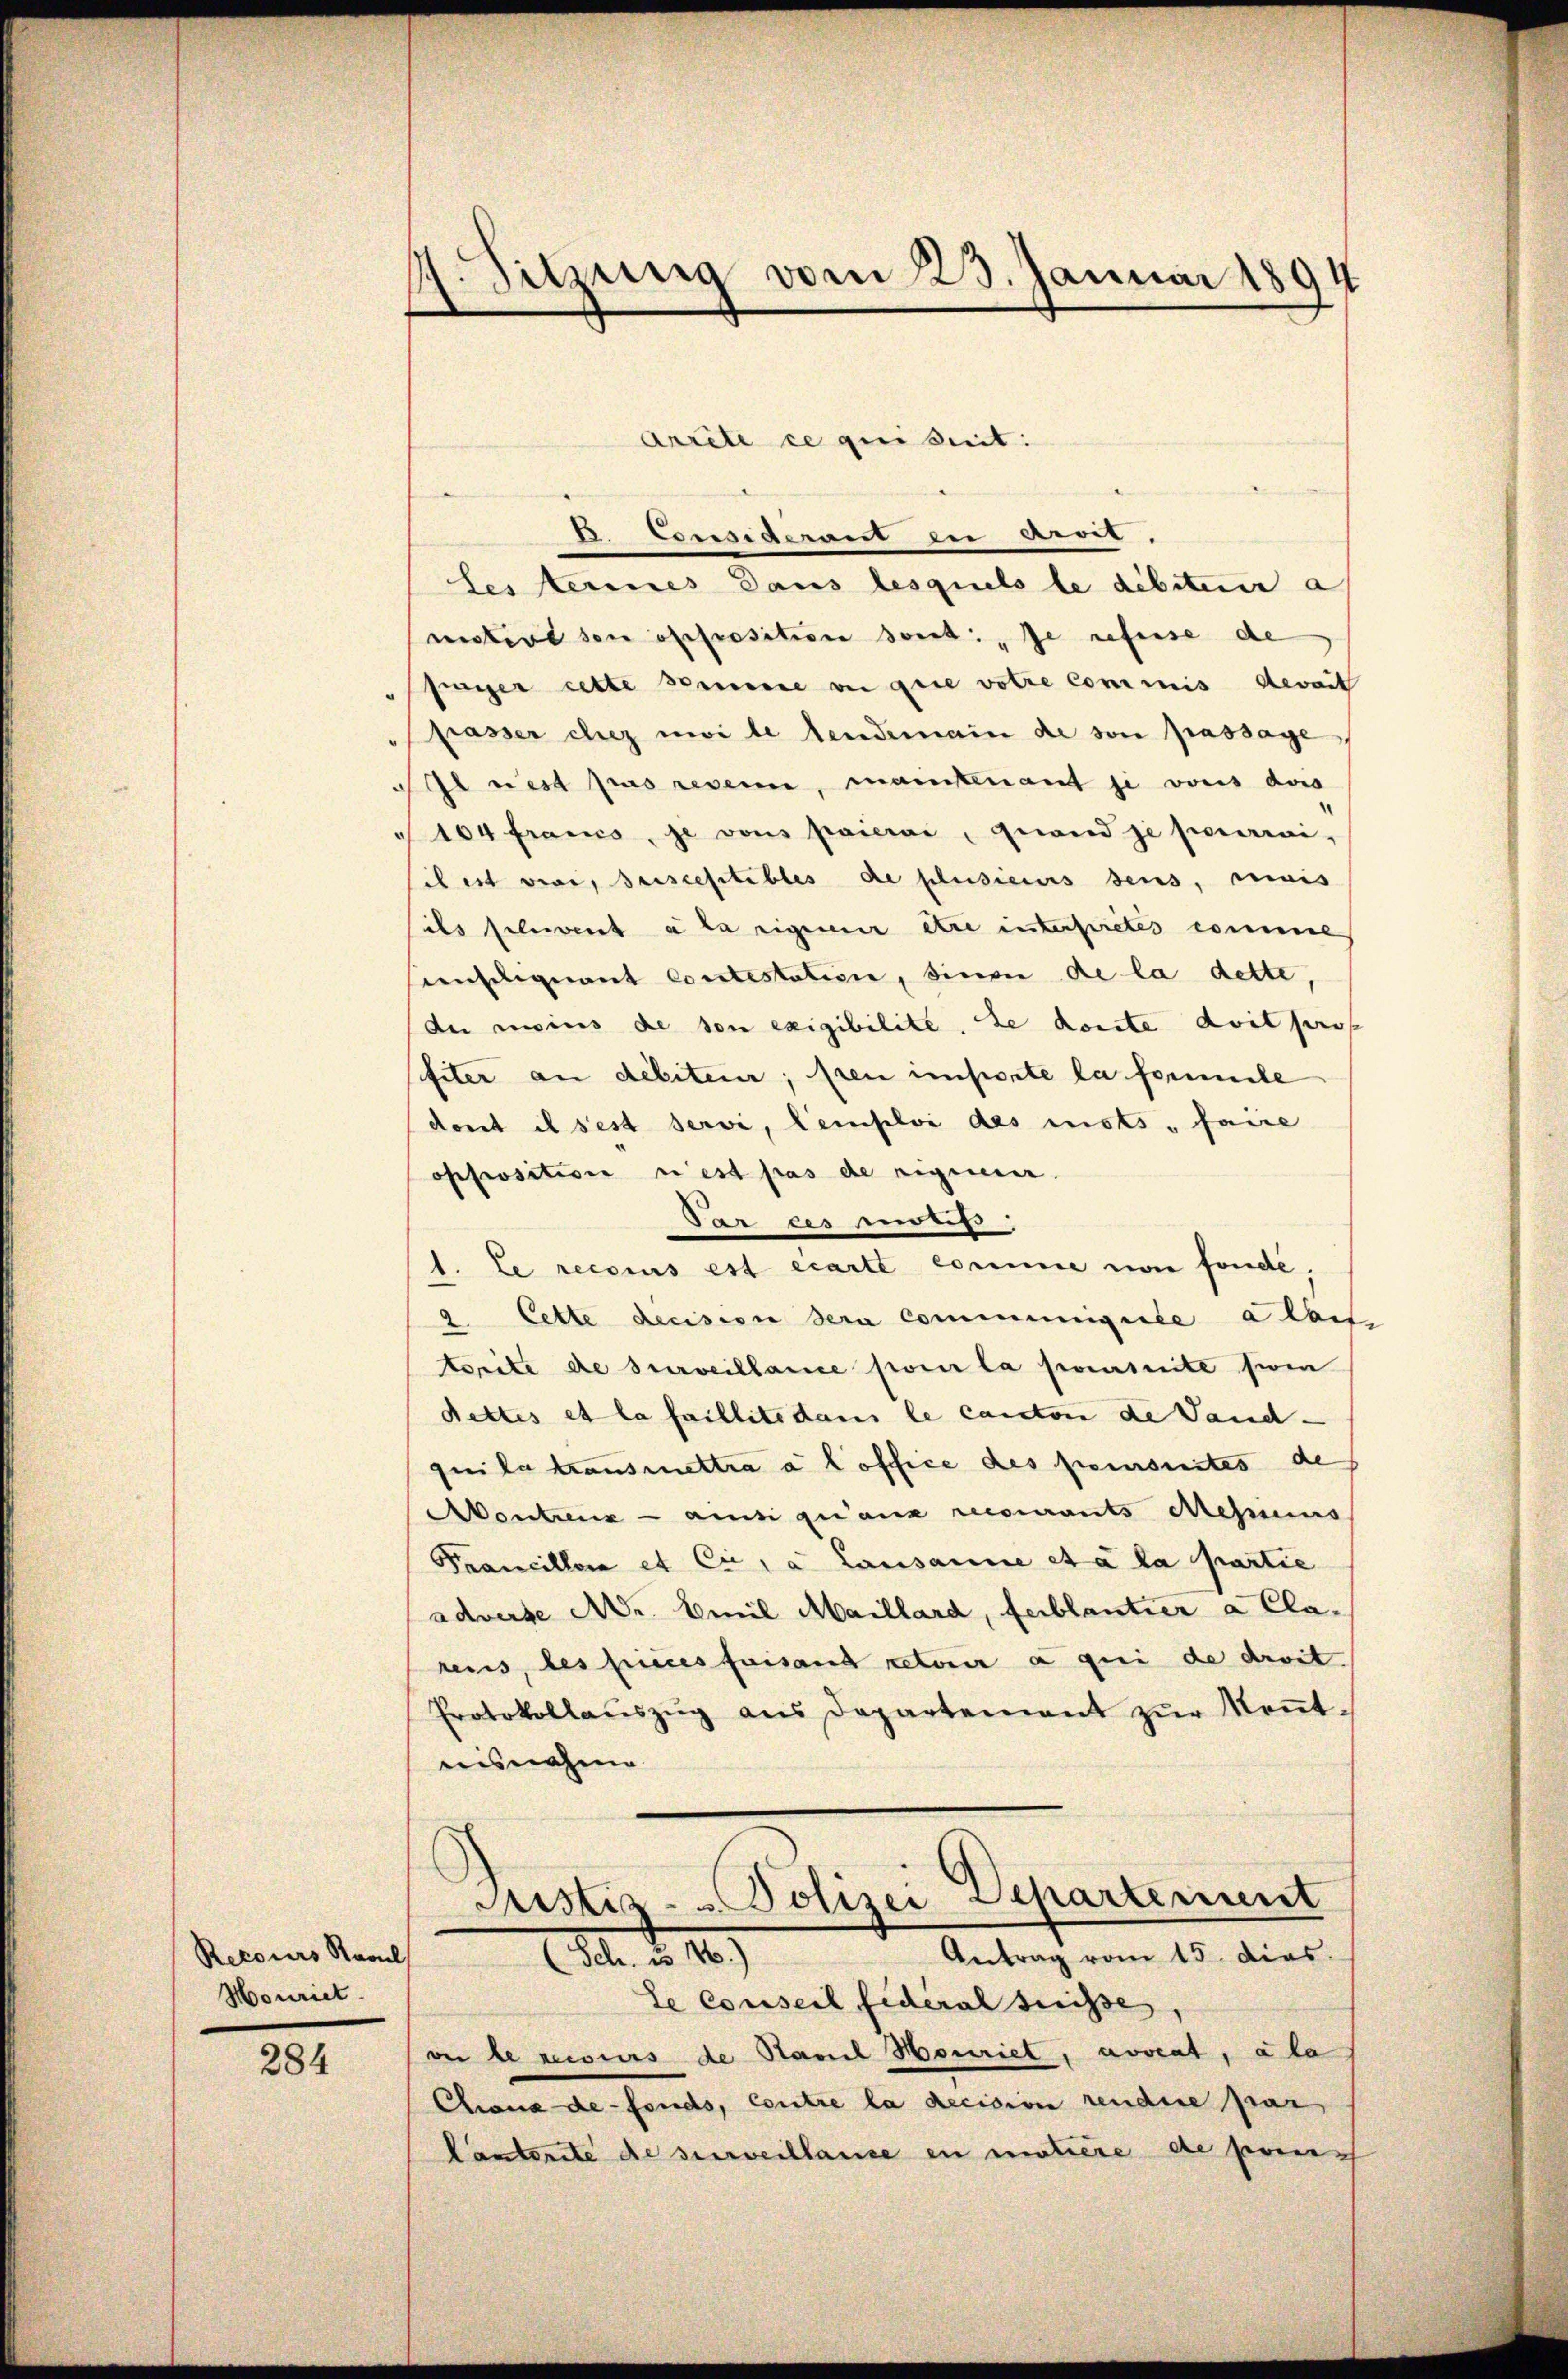
Recours Karl
Mouriet.

284

1. Sitzung vom 23. Januar 1894

Arrite ce quisit
B. Considerant in Aerit,
Les erines Dans lesquels le débiteur a
mistire son offrosition sont: „Je refuse de
jünger cette sommene von gere votre commis devait
prasser chez ui le tendemain de son passage
Il est pas resen, maintenant je vons der
 104 francs, je vons paieri, quand je pourrai-
sil est vier, seiscestibles de plusieurs dens, reinis
ils solvent à la riguenir etce interstretes comme
emsignant contestation, sinon de la dette,
der reins de son exigibilite. Le conte doit prof
fiter an debiteur; sien importe la formele
dont il s’est servi, Temploi des mots faire
opposition n’est pas de riguenir.
Par ces ents,
1. Le reconus est écarte comme von fonde.
2. Cette decision sera communiquée a lais
torite de surveillance pour la poursuite sein
dettes et la faillite dans le canton de Land-
quila transmettra a l office des poursuites de
Akontreux ansi quanz recurants Mesius
Francillora et Cie, a Lausanne et à la partie
adverte Mr. Emil Maillard, feiblantier a Clarens, des pieces faisant retour a qui de droit.
Protokollaŭszŭg ans Departement zŭr Keṅt-
eisnahme

Rustiz- u. Polizei Departement
Antrag vom 15. dies
(Sch. es 16.)
de Conseil Federal suisse

ver le recours de Samuel Houriet, avveat, ala
Chius de fonds, Contre la decision rendere par
lantente de surveillause en motiere de prech